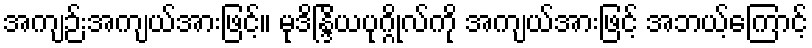
အကျဉ်းအကျယ်အားဖြင့်။ မုဒိန္ဒြိယပုဂ္ဂိုလ်ကို အကျယ်အားဖြင့် အဘယ့်ကြောင့်